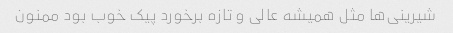
شیرینی‌ها مثل همیشه عالی و تازه برخورد پیک خوب بود ممنون